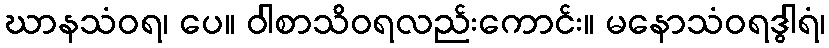
ဃာနသံဝရ၊ ပေ။ ဝါစာသိဝရလည်းကောင်း။ မနောသံဝရဒွါရံ၊